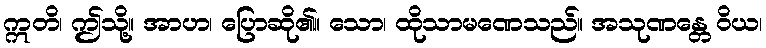
ဣတိ၊ ဤသို့။ အာဟ၊ ပြောဆို၏။ သော၊ ထိုသာမဏေသည်။ အသုဏန္တေ ဝိယ၊